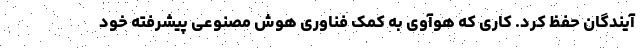
آیندگان حفظ کرد. کاری که هوآوی به کمک فناوری هوش مصنوعی پیشرفته خود